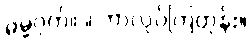
ဓမ္မဂုတ်။ ။ ဘာလုပ်ကြတုန်း။